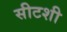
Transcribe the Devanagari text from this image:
सीटशी